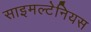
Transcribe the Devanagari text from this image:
साइमल्टेनियस